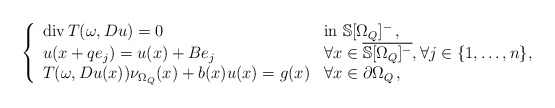
\begin{align*} \left \lbrace \begin{array}{ll} \mathrm{div}\, T(\omega, Du )= 0 & \mathrm{in}\ {\mathbb{S}} [\Omega_Q]^-\,, \\u(x+qe_j) =u(x) +Be_j& \textrm{$\forall x \in \overline{\mathbb{S}[\Omega_Q]^{-}}, \forall j\in \{1,\dots,n\}$}, \\T(\omega,Du(x))\nu_{\Omega_Q}(x)+ b(x)u(x)=g(x) & \textrm{$\forall x \in \partial \Omega_Q$}\,, \end{array} \right.\end{align*}